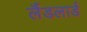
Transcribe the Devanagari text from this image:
लैंडलार्ड